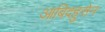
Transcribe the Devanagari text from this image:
आबिदहुसेन